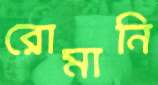
রোমানি